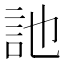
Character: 訑